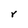
Character: r